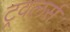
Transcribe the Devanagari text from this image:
ट्रवलर्स